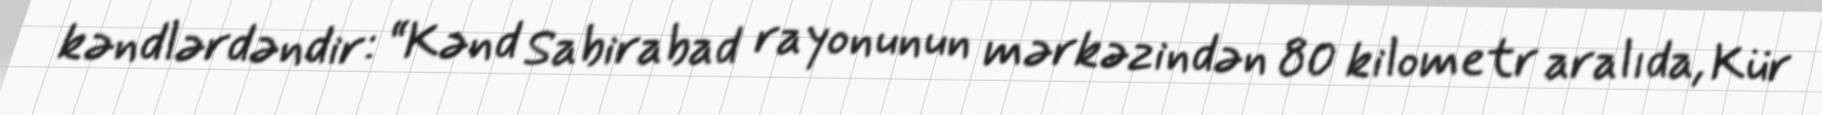
kəndlərdəndir: “Kənd Sabirabad rayonunun mərkəzindən 80 kilometr aralıda, Kür